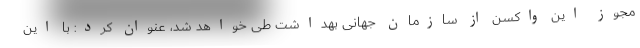
مجوز این واکسن از سازمان جهانی بهداشت طی خواهد شد، عنوان کرد: با این